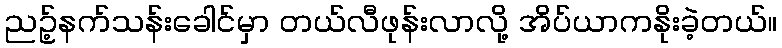
ညဥ့်နက်သန်းခေါင်မှာ တယ်လီဖုန်းလာလို့ အိပ်ယာကနိုးခဲ့တယ်။